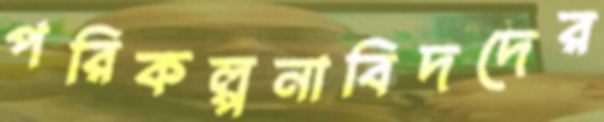
পরিকল্পনাবিদদের